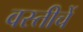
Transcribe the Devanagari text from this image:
वस्तीचें